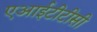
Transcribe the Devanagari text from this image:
एआईटीटीसी